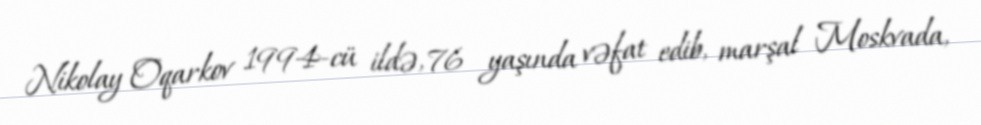
Nikolay Oqarkov 1994-cü ildə, 76 yaşında vəfat edib, marşal Moskvada,